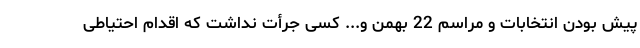
پیش بودن انتخابات و مراسم 22 بهمن و... کسی جرأت نداشت که اقدام احتیاطی